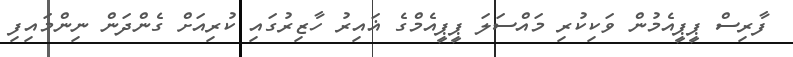
ފާރިސް ޕީޕީއެމުން ވަކިކުރި މައްސަލަ ޕީޕީއެމްގެ ޣައިރު ހާޒިރުގައި ކުރިއަށް ގެންދަން ނިންމައިފި